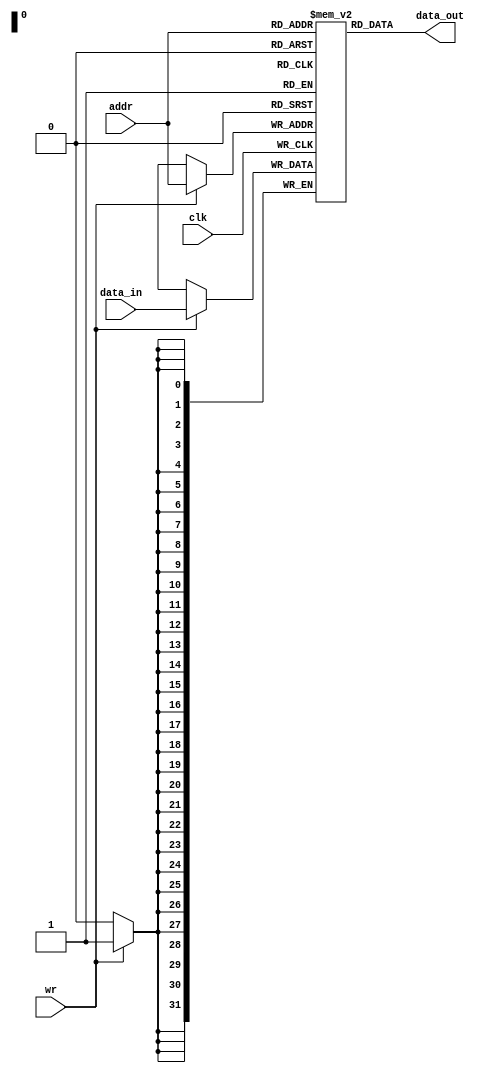
module memory#(parameter AWIDTH=32,DWIDTH=32)(
  input               clk   ,
  input               wr    ,
  input  [AWIDTH-1:0] addr  ,
  input [DWIDTH-1:0] data_in,
  output [DWIDTH-1:0] data_out

		
);

reg [DWIDTH-1:0] array[0:((1<<AWIDTH) -1)];//

assign data_out = array[addr];


always@(posedge clk)
begin
	 if(wr)
		begin
			array[addr]=data_in;
		end

end



endmodule